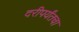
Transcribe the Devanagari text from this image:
दरीपर्यंतचा